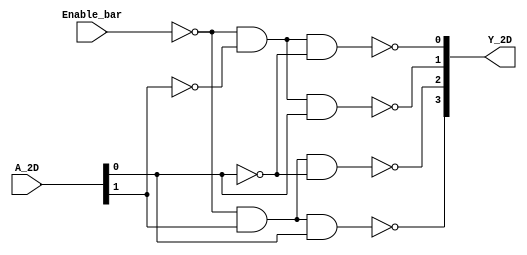
module ttl_74139_nodly
(
  input wire Enable_bar,
  input wire [1:0] A_2D,
  output wire [3:0] Y_2D
);
  assign Y_2D[0] = ~(~Enable_bar & ~A_2D[1] & ~A_2D[0]); 
  assign Y_2D[1] = ~(~Enable_bar & ~A_2D[1] &  A_2D[0]);
  assign Y_2D[2] = ~(~Enable_bar &  A_2D[1] & ~A_2D[0]);
  assign Y_2D[3] = ~(~Enable_bar &  A_2D[1] &  A_2D[0]);
endmodule